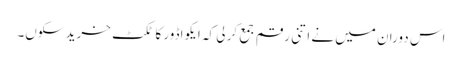
اس دوران میں نے اتنی رقم جمع کر لی کہ ایکواڈور کا ٹکٹ خرید سکوں۔